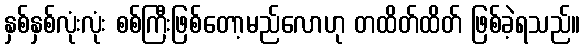
နှစ်နှစ်လုံးလုံး စစ်ကြီးဖြစ်တော့မည်လောဟု တထိတ်ထိတ် ဖြစ်ခဲ့ရသည်။